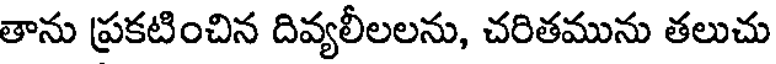
తాను ప్రకటించిన దివ్యలీలలను, చరితమును తలుచు